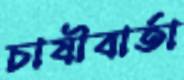
চাষীবার্তা